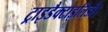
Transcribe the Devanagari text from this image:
ट्राइडैक्टाइलिडी।